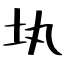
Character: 𡉕